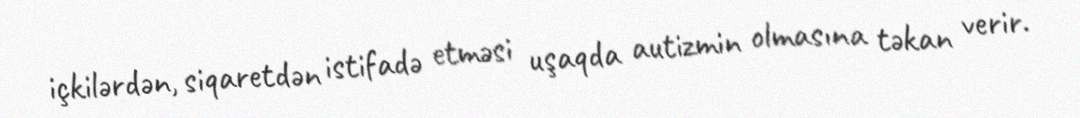
içkilərdən, siqaretdən istifadə etməsi uşaqda autizmin olmasına təkan verir.